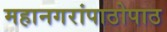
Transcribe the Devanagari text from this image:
महानगरांपाठोपाठ